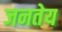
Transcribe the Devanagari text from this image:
जनतेय